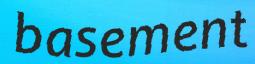
basement